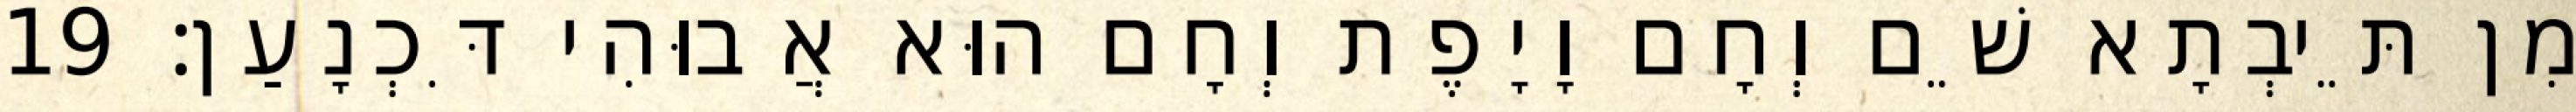
מִן תֵּיבְתָא שֵׁם וְחָם וָיָפֶת וְחָם הוּא אֲבוּהִי דִּכְנָעַן׃ 19